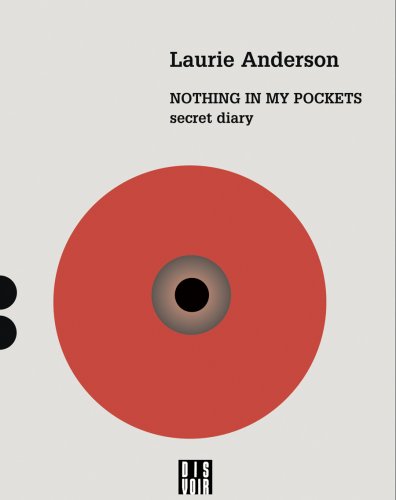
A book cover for Laurie Anderson: Nothing in My Pockets (Zagzig); Laurie Anderson; Humor & Entertainment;